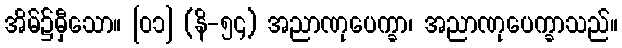
အိမ်၌မှီသော။ [၀၁] (နိ-၅၄) အညာဏုပေက္ခာ၊ အညာဏုပေက္ခာသည်။